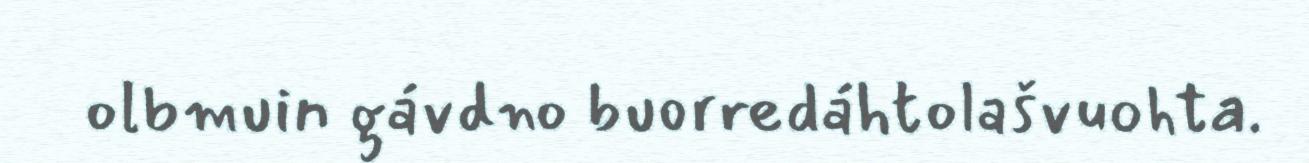
olbmuin gávdno buorredáhtolašvuohta.